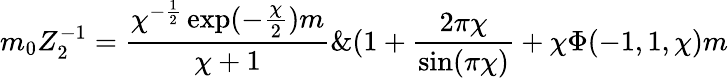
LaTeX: m_{0}Z_{2}^{-1}=\frac{\chi^{-\frac{1}{2}}\exp(-\frac{\chi}{2})m}{\chi+1}\& (1+\frac{2\pi\chi}{\sin(\pi\chi)}+\chi\Phi(-1,1,\chi)m